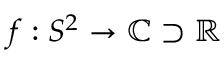
f : S ^ { 2 } \to \mathbb { C } \supset \mathbb { R }